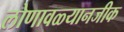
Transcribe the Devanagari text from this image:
लोणावळ्यानजीक